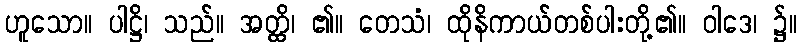
ဟူသော။ ပါဋ္ဌိ၊ သည်။ အတ္ထိ၊ ၏။ တေသံ၊ ထိုနိကာယ်တစ်ပါးတို့၏။ ဝါဒေ၊ ၌။